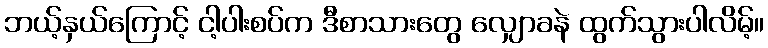
ဘယ့်နှယ်ကြောင့် ငါ့ပါးစပ်က ဒီစာသားတွေ လျှောခနဲ ထွက်သွားပါလိမ့်။